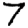
Digit: 7